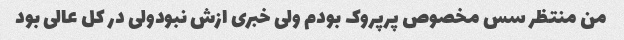
من منتظر سس مخصوص پرپروک بودم ولی خبری ازش نبودولی در کل عالی بود